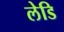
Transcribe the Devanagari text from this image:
लेडि